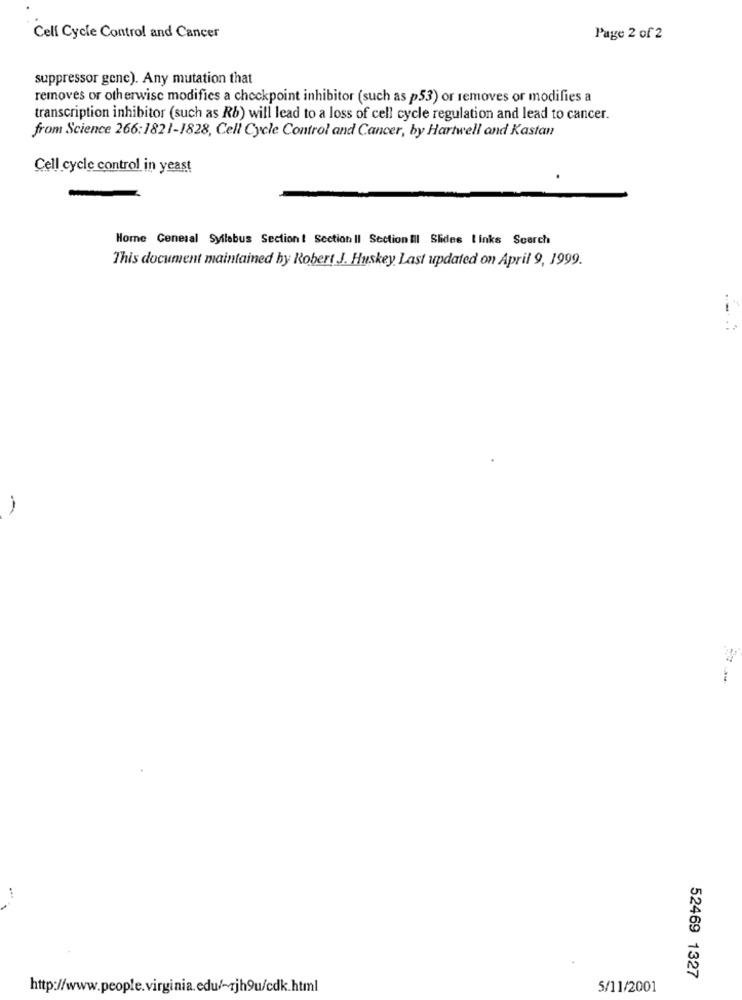
Cell Cycle Control and Cancer
Page 2 of 2
suppressor genc). Any mutation that
removes or otherwise modifies a checkpoint inhibitor (such as p53) or removes or modifies a
transcription inhibitor (such as Rb) will lead to a loss of cell cycle regulation and lead to cancer.
from Science 266:1821-1828, Cell Cycle Control and Cancer, by Hartwell and Kastan
Cell cycle control in yeast
Home General Syllabus Section! Section II Section II Slides links Search
This document maintained by Robert J. Huskey Last updated on April 9, 1999.
-
52469 1327
http://www.people.virginia.edu/~zjh9u/cdk.html
5/11/2001